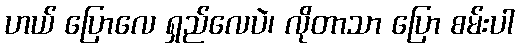
ဟယ် ပြောလေ ရှည်လေပဲ၊ လိုတာသာ ပြော စမ်းပါ